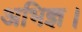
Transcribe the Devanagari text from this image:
अभिज्ञ।